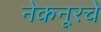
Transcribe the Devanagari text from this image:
नेकनूरचे